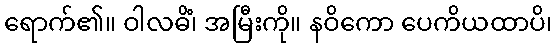
ရောက်၏။ ဝါလဓိံ၊ အမြီးကို။ နဝိကော ပေကိယထာပိ၊